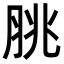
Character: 脁